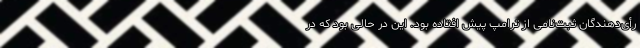
رأی‌دهندگان ثبت‌نامی از ترامپ پیش افتاده بود. این در حالی بود که در